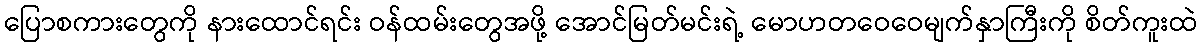
ပြောစကားတွေကို နားထောင်ရင်း ဝန်ထမ်းတွေအဖို့ အောင်မြတ်မင်းရဲ့ မောဟတဝေဝေမျက်နှာကြီးကို စိတ်ကူးထဲ